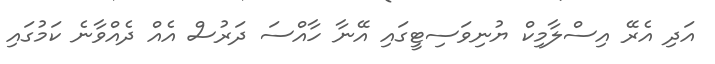
އަދި އެރޭ އިސްލާމިކް ޔުނިވަސިޓީގައި އޭނާ ހާއްސަ ދަރުސް އެއް ދެއްވާނެ ކަމުގައި